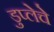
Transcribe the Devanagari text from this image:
डुप्लेचे